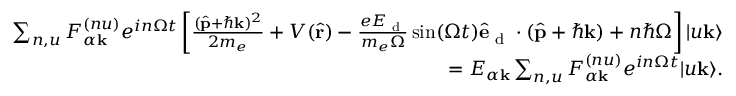
\begin{array} { r } { \sum _ { n , u } F _ { \alpha \mathbf { k } } ^ { ( n u ) } e ^ { i n \Omega t } \left[ \frac { ( \hat { \mathbf { p } } + \hbar \mathbf { k } ) ^ { 2 } } { 2 m _ { e } } + V ( \hat { \mathbf { r } } ) - \frac { e E _ { \textrm { d } } } { m _ { e } \Omega } \sin ( \Omega t ) \hat { \mathbf { e } } _ { \textrm { d } } \cdot ( \hat { \mathbf { p } } + \hbar \mathbf { k } ) + n \hbar \Omega \right] | u \mathbf { k } \rangle } \\ { = E _ { \alpha \mathbf { k } } \sum _ { n , u } F _ { \alpha \mathbf { k } } ^ { ( n u ) } e ^ { i n \Omega t } | u \mathbf { k } \rangle . } \end{array}